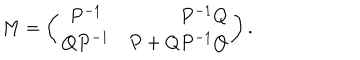
M = \left( \begin{array} { c r c } { { P ^ { - 1 } } } & { { P ^ { - 1 } Q } } \\ { { Q P ^ { - 1 } } } & { { P + Q P ^ { - 1 } Q } } \\ \end{array} \right) .